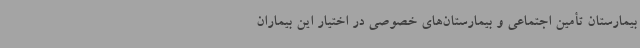
بیمارستان تأمین اجتماعی و بیمارستان‌های خصوصی در اختیار این بیماران